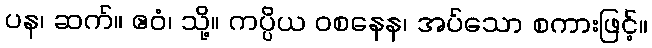
ပန၊ ဆက်။ ဧဝံ၊ သို့။ ကပ္ပိယ ဝစနေန၊ အပ်သော စကားဖြင့်။